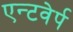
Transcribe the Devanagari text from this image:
एन्टवेर्प